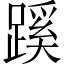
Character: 蹊